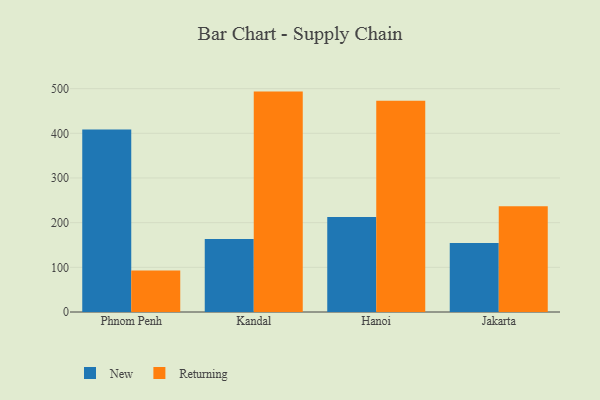
{"axis": {"x": "City", "y": "Backlog"}, "legend": ["New", "Returning"], "data": [{"x": "Phnom Penh", "y": 408.3, "type": "New"}, {"x": "Phnom Penh", "y": 93.1, "type": "Returning"}, {"x": "Kandal", "y": 163.5, "type": "New"}, {"x": "Kandal", "y": 493.4, "type": "Returning"}, {"x": "Hanoi", "y": 212.7, "type": "New"}, {"x": "Hanoi", "y": 472.8, "type": "Returning"}, {"x": "Jakarta", "y": 154.2, "type": "New"}, {"x": "Jakarta", "y": 236.5, "type": "Returning"}]}